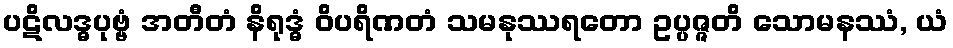
ပဋိလဒ္ဓပုဗ္ဗံ အတီတံ နိရုဒ္ဓံ ဝိပရိဏတံ သမနုဿရတော ဥပ္ပဇ္ဇတိ သောမနဿံ, ယံ